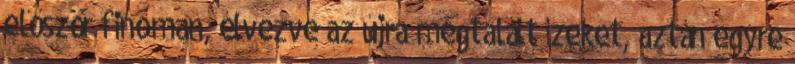
először finoman, élvezve az újra megtalált ízeket, aztán egyre